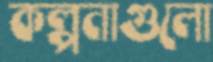
কল্পনাগুলো